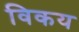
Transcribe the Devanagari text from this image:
विकय